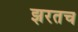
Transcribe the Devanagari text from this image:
झरतच